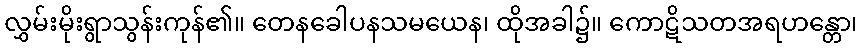
လွှမ်းမိုးရွာသွန်းကုန်၏။ တေနခေါပနသမယေန၊ ထိုအခါ၌။ ကောဋိသတအရဟန္တော၊